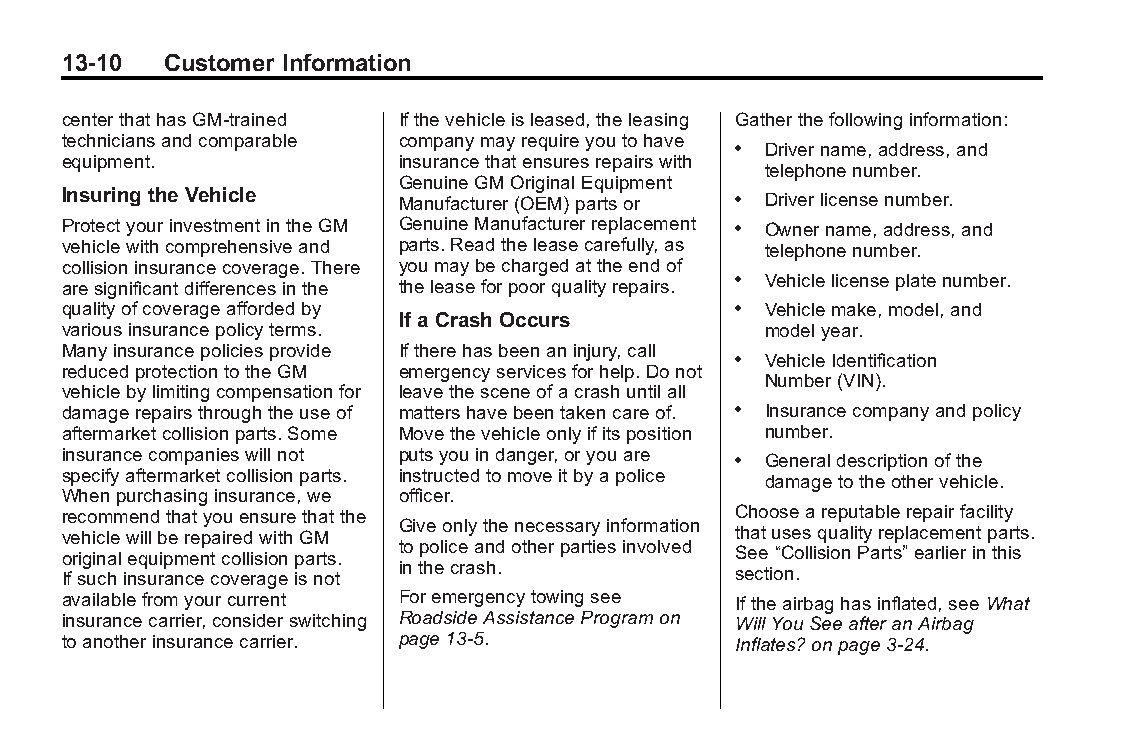
Buick LaCrosse Owner Manual (GMNA-Localizing-U.S./Canada/Mexico- Blackplate(10,1)
 6043609)-2014-2ndEdition-10/17/13
 13-10  Customer Information
 centerthathasGM-trained Ifthevehicleisleased,theleasing Gatherthefollowinginformation:
 techniciansandcomparable companymayrequireyoutohave
 . Drivername,address,and
 equipment.            insurancethatensuresrepairswith
 telephonenumber.
 GenuineGMOriginalEquipment
 Insuring theVehicle   Manufacturer(OEM)partsor . Driverlicensenumber.
 ProtectyourinvestmentintheGM GenuineManufacturerreplacement . Ownername,address,and
 vehiclewithcomprehensiveand parts.Readtheleasecarefully,as telephonenumber.
 collisioninsurancecoverage.There youmaybechargedattheendof
 aresignificantdifferencesinthe theleaseforpoorqualityrepairs. . Vehiclelicenseplatenumber.
 qualityofcoverageaffordedby                 . Vehiclemake,model,and
 IfaCrash Occurs
 variousinsurancepolicyterms.                  modelyear.
 Manyinsurancepoliciesprovide Iftherehasbeenaninjury,call
 . VehicleIdentification
 reducedprotectiontotheGM emergencyservicesforhelp.Donot
 Number(VIN).
 vehiclebylimitingcompensationfor leavethesceneofacrashuntilall
 damagerepairsthroughtheuseof mattershavebeentakencareof. . Insurancecompanyandpolicy
 aftermarketcollisionparts.Some Movethevehicleonlyifitsposition number.
 insurancecompanieswillnot putsyouindanger,oryouare
 . Generaldescriptionofthe
 specifyaftermarketcollisionparts. instructedtomoveitbyapolice
 damagetotheothervehicle.
 Whenpurchasinginsurance,we officer.
 recommendthatyouensurethatthe               Chooseareputablerepairfacility
 Giveonlythenecessaryinformation
 vehiclewillberepairedwithGM                 thatusesqualityreplacementparts.
 topoliceandotherpartiesinvolved
 originalequipmentcollisionparts.            See“CollisionParts” earlierinthis
 inthecrash.
 Ifsuchinsurancecoverageisnot                section.
 availablefromyourcurrent Foremergencytowingsee Iftheairbaghasinflated,seeWhat
 insurancecarrier,considerswitching RoadsideAssistanceProgramon WillYouSeeafteranAirbag
 toanotherinsurancecarrier. page13-5.        Inflates?onpage3-24.